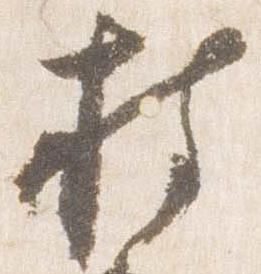
持